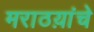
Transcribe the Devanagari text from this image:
मराठय़ांचे